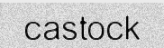
castock